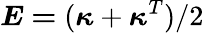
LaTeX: \boldsymbol{E=}(\boldsymbol{\kappa}+\boldsymbol{\kappa}^{T})/2